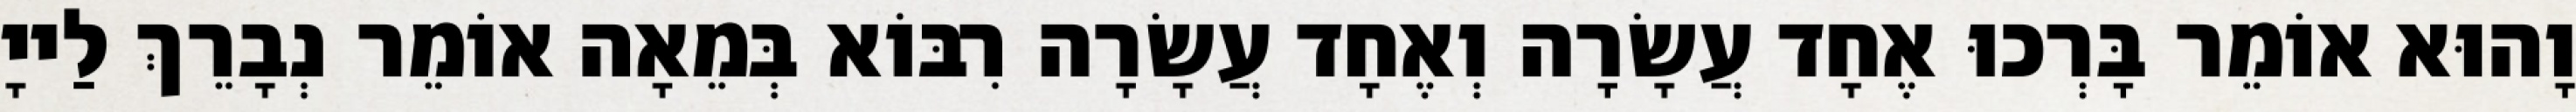
וָהוּא אוֹמֵר בָּרְכוּ אֶחָד עֲשָׂרָה וְאֶחָד עֲשָׂרָה רִבּוֹא בְּמֵאָה אוֹמֵר נְבָרֵךְ לַייָ